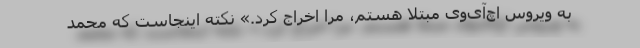
به ویروس اچ‌آی‌وی مبتلا هستم، مرا اخراج کرد.» نکته اینجاست که‌ محمد